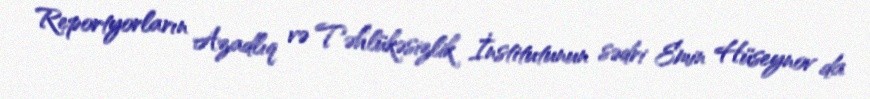
Reportyorların Azadlıq və Təhlükəsizlik İnstitutunun sədri Emin Hüseynov da